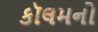
કૉલમનો